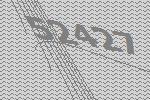
52427